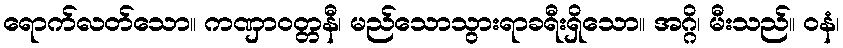
ရောက်လတ်သော။ ကဏှာဝတ္တနီ၊ မည်သောသွားရာခရီးရှိသော။ အဂ္ဂိ၊ မီးသည်။ ဝနံ၊